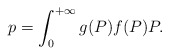
\begin{align*}p_{} = \int_0^{+\infty} g(P) f(P) P.\end{align*}